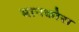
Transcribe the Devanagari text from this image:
मानकोरा